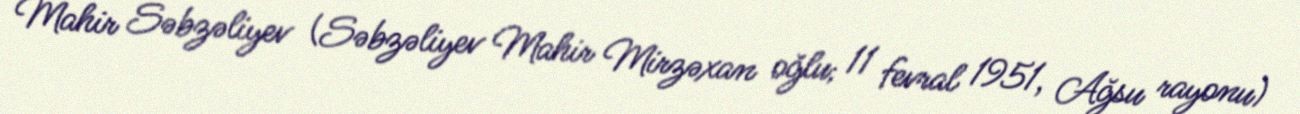
Mahir Səbzəliyev (Səbzəliyev Mahir Mirzəxan oğlu; 11 fevral 1951, Ağsu rayonu)